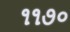
૧૧૭૦